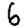
Digit: 6